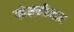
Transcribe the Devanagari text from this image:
कोसमीनार